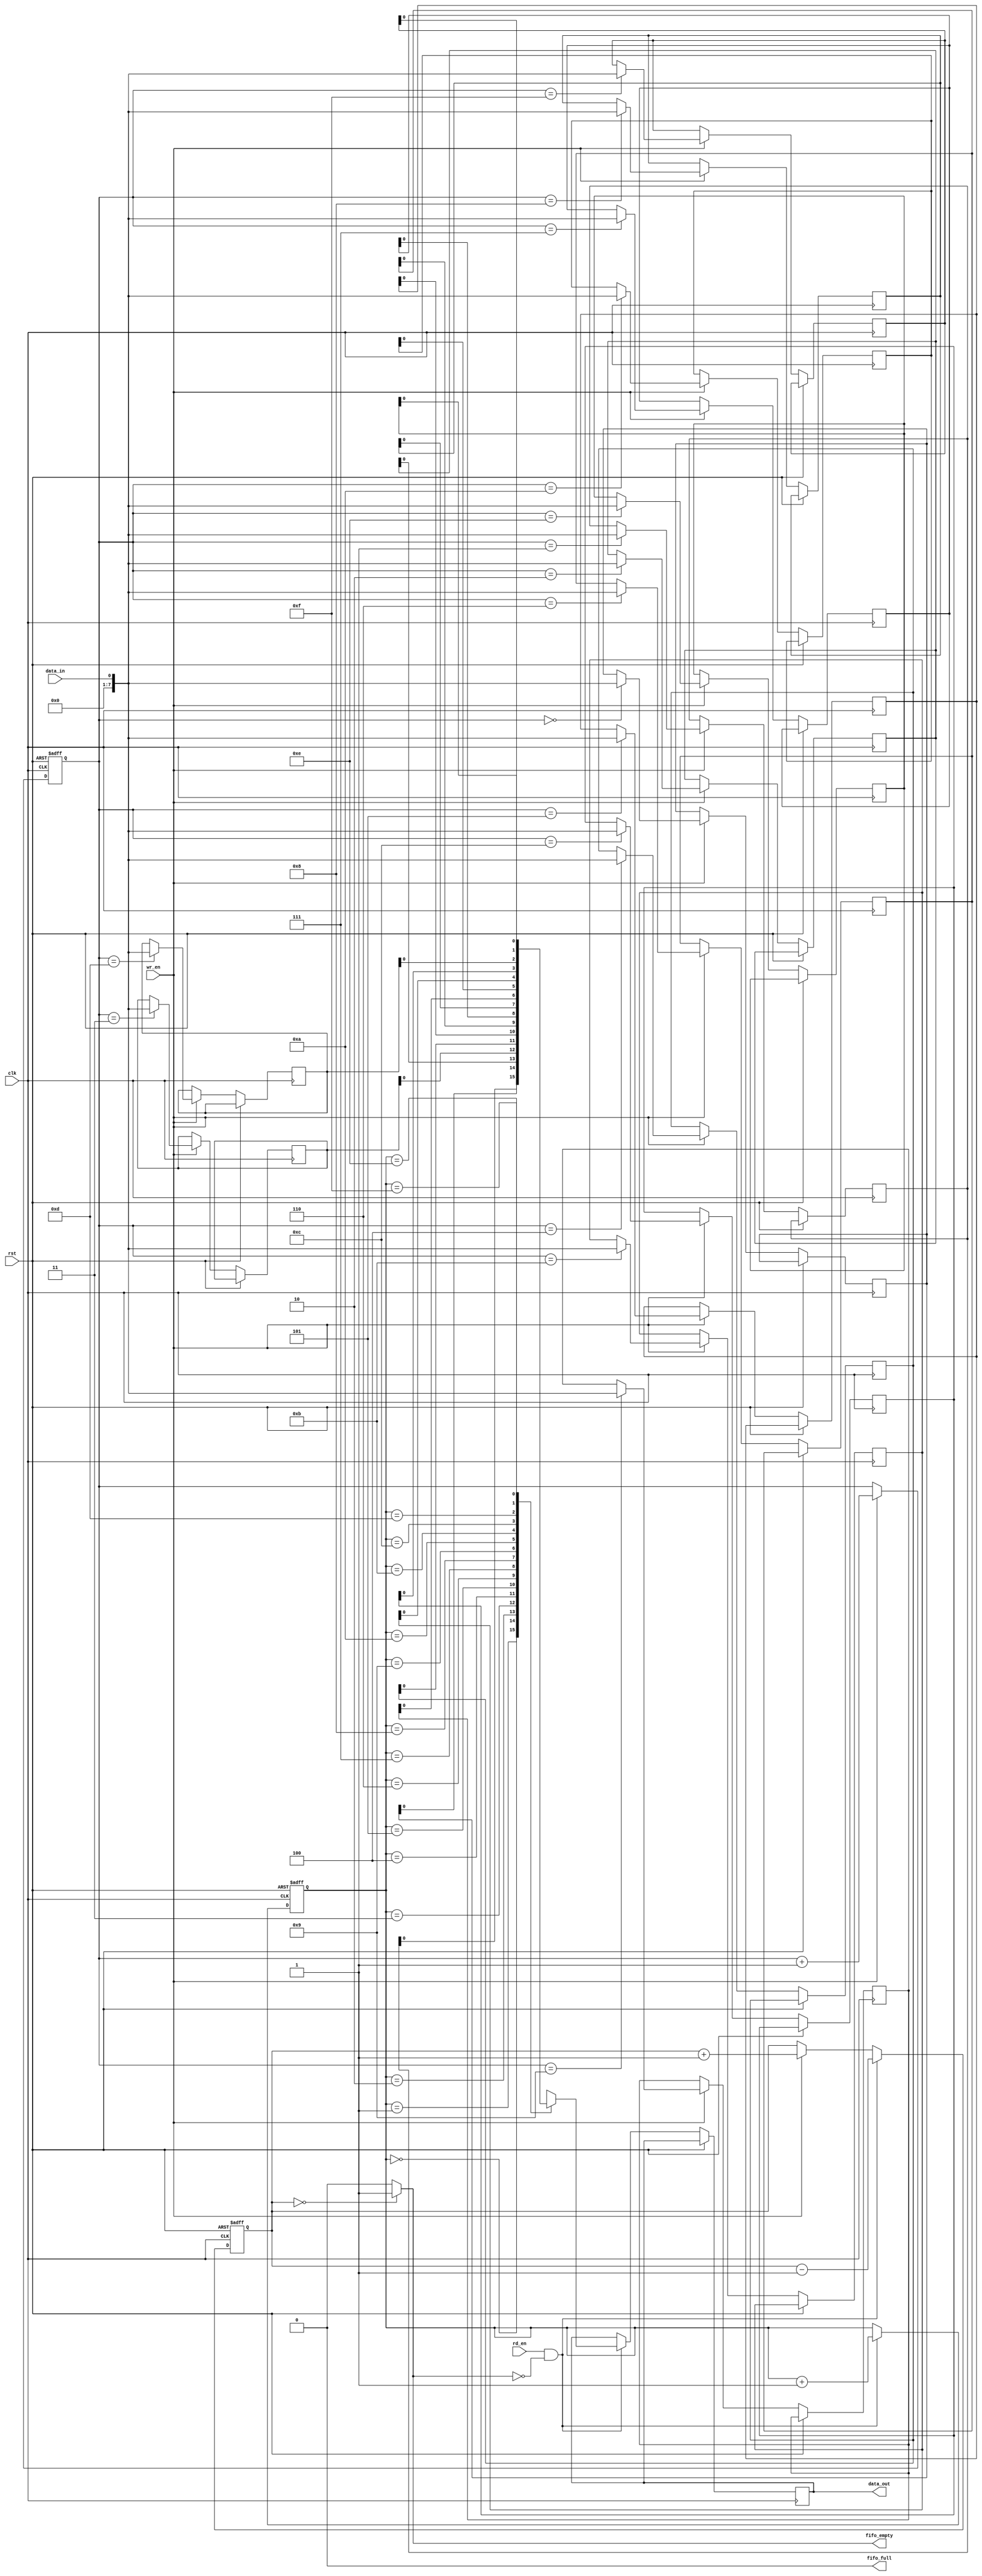
module last_word_fifo (
  input wire clk,
  input wire rst,
  input wire wr_en,
  input wire rd_en,
  input wire data_in,
  output reg data_out,
  output wire fifo_full,
  output wire fifo_empty
);

reg [7:0] memory [0:15];
reg [3:0] wr_ptr;
reg [3:0] rd_ptr;
reg [1:0] count;

always @(posedge clk or posedge rst) begin
  if (rst) begin
    wr_ptr <= 4'd0;
    rd_ptr <= 4'd0;
    count <= 2'd0;
  end else begin
    if (wr_en && !fifo_full) begin
      memory[wr_ptr] <= data_in;
      wr_ptr <= wr_ptr + 1;
      count <= count + 1;
    end
    
    if (rd_en && !fifo_empty) begin
      data_out <= memory[rd_ptr];
      rd_ptr <= rd_ptr + 1;
      count <= count - 1;
    end
  end
end

assign fifo_full = (count == 4) ? 1'b1 : 1'b0;
assign fifo_empty = (count == 0) ? 1'b1 : 1'b0;

endmodule